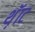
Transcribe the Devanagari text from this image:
थ़ॅाट